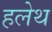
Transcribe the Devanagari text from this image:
हलेथ